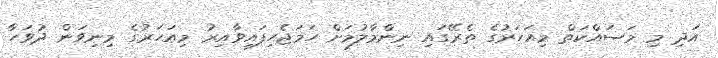
އަދި މި މަސައްކަތް މިއަހަރުގެ ތެރޭގައި ނިންމާލުމަށް ހަމަޖެހިފައިވާއިރު މިއަހަރުގެ މިނިވަން ދުވަހާ